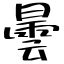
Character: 曇